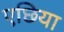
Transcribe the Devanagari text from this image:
एछिया